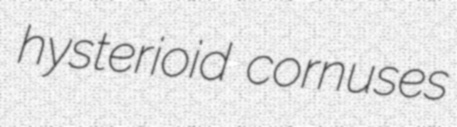
hysterioid cornuses